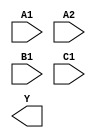
module sky130_fd_sc_hdll__o211ai (
    //# {{data|Data Signals}}
    input  A1,
    input  A2,
    input  B1,
    input  C1,
    output Y
);

    // Voltage supply signals
    supply1 VPWR;
    supply0 VGND;
    supply1 VPB ;
    supply0 VNB ;

endmodule